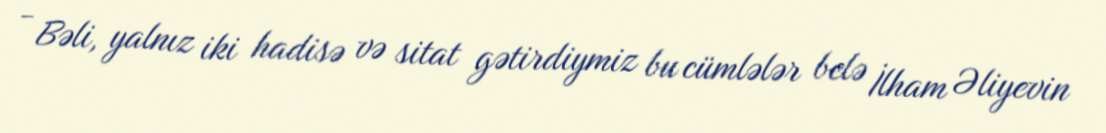
- Bəli, yalnız iki hadisə və sitat gətirdiymiz bu cümlələr belə İlham Əliyevin